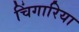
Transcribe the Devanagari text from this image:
चिंगारिया